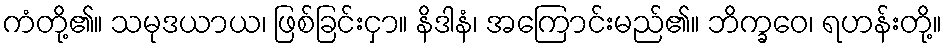
ကံတို့၏။ သမုဒယာယ၊ ဖြစ်ခြင်းငှာ။ နိဒါနံ၊ အကြောင်းမည်၏။ ဘိက္ခဝေ၊ ရဟန်းတို့။